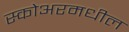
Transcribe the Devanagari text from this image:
स्कोअरमधील